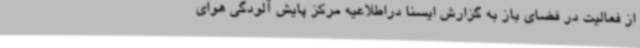
از فعالیت در فضای باز به گزارش ایسنا دراطلاعیه مرکز پایش آلودگی هوای